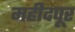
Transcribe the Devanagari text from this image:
महीदपूर